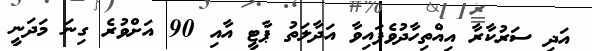
އަދި ސަރުކާރާ އިއްތިހާދުވެފައިވާ އަދާލަތު ޕާޓީ އާއި 90 އަށްވުރެ ގިނަ މަދަނީ